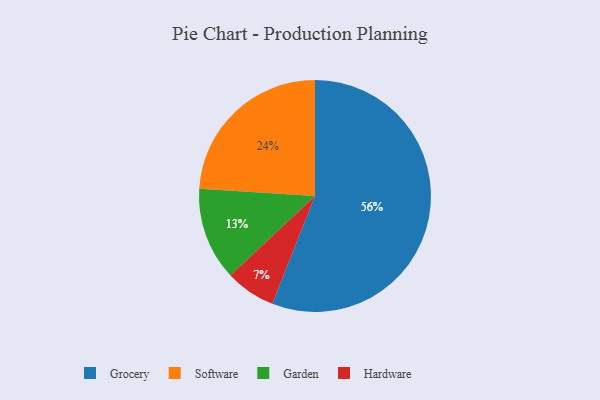
{"axis": {"x": "Category", "y": "Percentage"}, "legend": ["Garden", "Grocery", "Hardware", "Software"], "data": [{"x": "Software", "y": 24, "type": "Software"}, {"x": "Garden", "y": 13, "type": "Garden"}, {"x": "Grocery", "y": 56, "type": "Grocery"}, {"x": "Hardware", "y": 7, "type": "Hardware"}]}